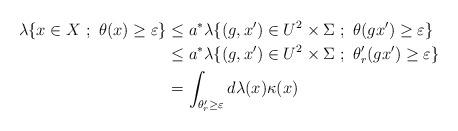
LaTeX: \begin{align*} \lambda \{ x \in X \ ;\ \theta(x) \geq \varepsilon \} & \leq a^* \lambda \{ (g,x') \in U^2 \times \Sigma \ ;\ \theta(gx') \geq \varepsilon \} \\& \leq a^* \lambda \{ (g,x') \in U^2 \times \Sigma\ ;\ \theta_r'(gx') \geq \varepsilon \} \\& = \int_{\theta_r' \geq \varepsilon} d\lambda(x) \kappa(x)\end{align*}